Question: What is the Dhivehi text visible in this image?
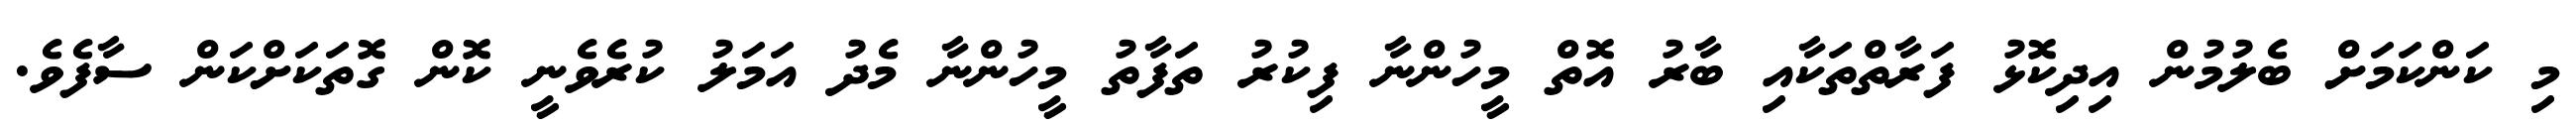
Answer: މި ކަންކަމަށް ބެލުމުން އިދިކޮޅު ފަރާތްތަކާއި ބާރު އޮތް މީހުންނާ ފިކުރު ތަފާތު މީހުންނާ މެދު އަމަލު ކުރެވެނީ ކޮން ގޮތަކަށްކަން ސާފެވެ.